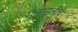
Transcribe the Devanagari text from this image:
मुलामुलींचे